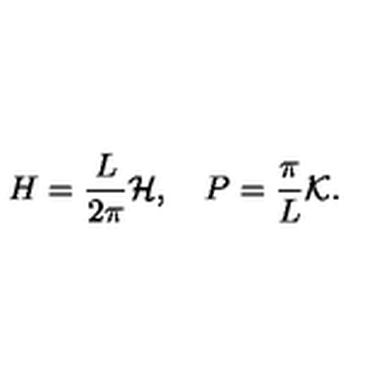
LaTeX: H = \frac { L } { 2 \pi } { \cal H } , \quad P = \frac { \pi } { L } { \cal K } .